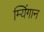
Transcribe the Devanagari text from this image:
म्यिंगान